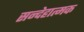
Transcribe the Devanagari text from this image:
सन्देहात्मक